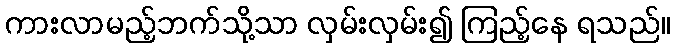
ကားလာမည့်ဘက်သို့သာ လှမ်းလှမ်း၍ ကြည့်နေ ရသည်။